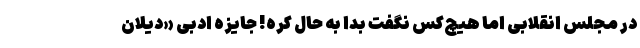
در مجلس انقلابی اما هیچ‌کس نگفت بدا به حال کُره! جایزه ادبی «دیلان